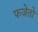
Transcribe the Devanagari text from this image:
फजेतो